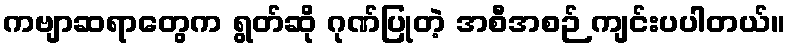
ကဗျာဆရာတွေက ရွတ်ဆို ဂုဏ်ပြုတဲ့ အစီအစဉ် ကျင်းပပါတယ်။